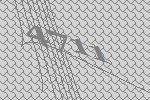
4711